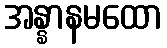
အန္နာနမထော